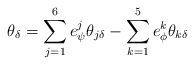
\begin{align*}\theta_{\delta}=\sum^6_{j=1}e^j_{\psi}\theta_{j\delta} -\sum^5_{k=1}e^k_{\phi}\theta_{k\delta}\end{align*}